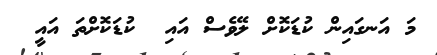
މަ އަނގައިން ކުޑަކޮށް ލޭވެސް އައި  ކުޑަކޮށްތަ އައީ